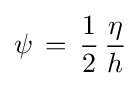
\psi \,=\,{\frac {1}{2}}\,{\frac {\eta }{h}}